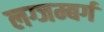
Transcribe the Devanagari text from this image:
लग्जम्बर्ग